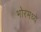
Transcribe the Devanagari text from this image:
भोरमध्ये